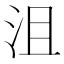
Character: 沮